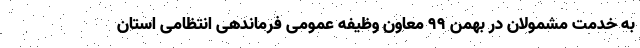
به خدمت مشمولان در بهمن 99 معاون وظیفه عمومی فرماندهی انتظامی استان